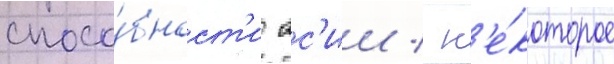
спосо́бност'и ас'ии / н'е́которое